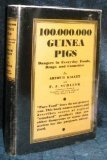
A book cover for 100,000,000 Guinea Pigs: Dangers in Everyday Foods, Drugs, and Cosmetics; Arthur and SCHLINK, F. J. KALLETT; Health, Fitness & Dieting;